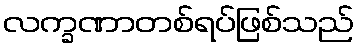
လက္ခဏာတစ်ရပ်ဖြစ်သည်